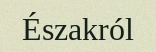
Északról